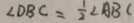
\angle D B C = \frac { 1 } { 2 } \angle A B C